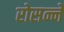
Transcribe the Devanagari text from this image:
रोसन्ने